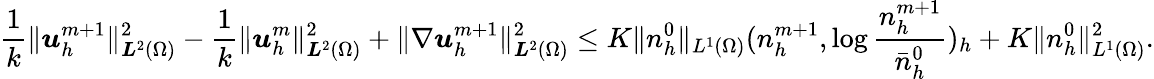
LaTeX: \frac{1}{k}\| {\boldsymbol u}_{h}^{m+1}\| _{{\boldsymbol L}^{2}(\Omega)}^{2}-\frac{1}{k}\| {\boldsymbol u}_{h}^{m}\| _{{\boldsymbol L}^{2}(\Omega)}^{2}+\| \nabla{\boldsymbol u}_{h}^{m+1}\| _{{\boldsymbol L}^{2}(\Omega)}^{2}\le K\| n_{h}^{0}\| _{L^{1}(\Omega)}(n_{h}^{m+1},\log\frac{n_{h}^{m+1}}{\bar{n}_{h}^{0}})_{h}+K\| n_{h}^{0}\| _{L^{1}(\Omega)}^{2}.